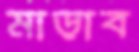
মাড়াব